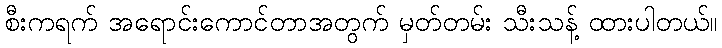
စီးကရက် အရောင်းကောင်တာအတွက် မှတ်တမ်း သီးသန့် ထားပါတယ်။